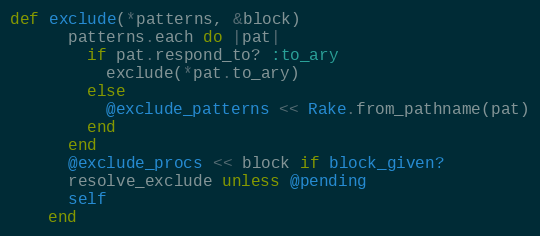
Language: Ruby
def exclude(*patterns, &block)
      patterns.each do |pat|
        if pat.respond_to? :to_ary
          exclude(*pat.to_ary)
        else
          @exclude_patterns << Rake.from_pathname(pat)
        end
      end
      @exclude_procs << block if block_given?
      resolve_exclude unless @pending
      self
    end